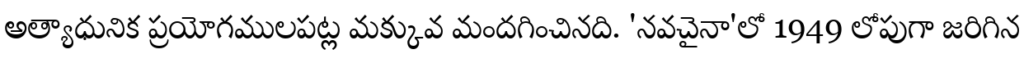
అత్యాధునిక ప్రయోగములపట్ల మక్కువ మందగించినది. 'నవచైనా'లో 1949 లోపుగా జరిగిన